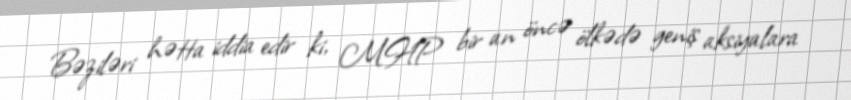
Bəziləri hətta iddia edir ki, MHP bir an öncə ölkədə geniş aksiyalara